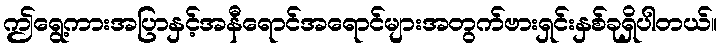
ဤရွေ့ကားအပြာနှင့်အနီရောင်အရောင်များအတွက်ဗားရှင်းနှစ်ခုရှိပါတယ်။